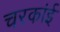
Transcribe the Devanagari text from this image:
चरकांई